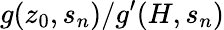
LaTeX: g(z_{0},s_{n})/g^{\prime}(H,s_{n})